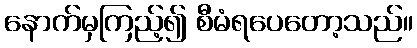
နောက်မှကြည့်၍ စီမံရပေတော့သည်။